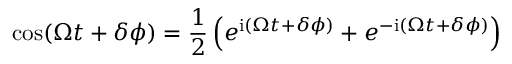
\cos ( \Omega t + \delta \phi ) = \frac { 1 } { 2 } \left( e ^ { \mathrm { i } ( \Omega t + \delta \phi ) } + e ^ { - \mathrm { i } ( \Omega t + \delta \phi ) } \right)